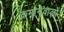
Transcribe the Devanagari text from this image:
कमानेवालों